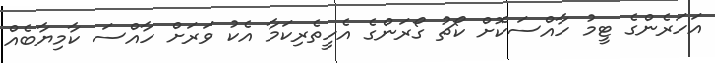
އަހަރެންގެ ޓީމު ހާއްސަކޮށް ކޯޗު ގޯރަންގެ އެހީތެރިކަމާ އެކު ވަރަށް ހާއްސަ ކާމިޔާބެއް